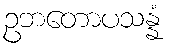
ဥဘတောပသန္နံ